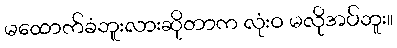
မထောက်ခံဘူးလားဆိုတာက လုံးဝ မလိုအပ်ဘူး။